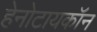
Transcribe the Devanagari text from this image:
हेनोटायकॉन